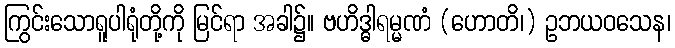
ကြွင်းသောရူပါရုံတို့ကို မြင်ရာ အခါ၌။ ဗဟိဒ္ဓါရမ္မဏံ (ဟောတိ၊) ဥဘယဝသေန၊